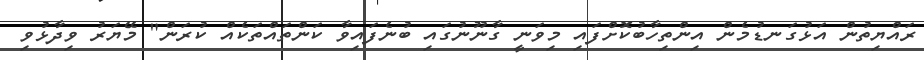
ރައްޔިތުން އަޅުގަނޑުމެން އިންތިހާބުކޮށްފައި މިވަނީ ގާނޫނުގައި ބުނެފައިވާ ކަންތައްތަކެއް ކުރަން" މޭޔަރު ވިދާޅުވި